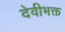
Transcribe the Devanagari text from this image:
देवीभक्त